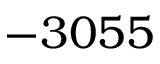
- 3 0 5 5